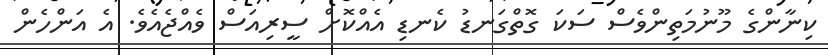
ކިނާންގެ މޫނުމަތިންވެސް ސަކަ ގޮތްގަނޑު ކެނޑި އެއްކޮށް ސީރިއަސް ވެއްޖެއެވެ. އެ އަންހެން